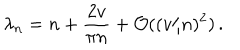
LaTeX: \lambda _ { n } = n + \frac { 2 v } { \pi n } + { \cal O } ( ( v / n ) ^ { 2 } ) \, .